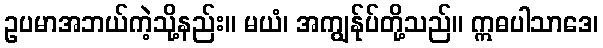
ဥပမာအဘယ်ကဲ့သို့နည်း။ မယံ၊ အကျွန်ုပ်တို့သည်။ ဣဓပါသာဒေ၊